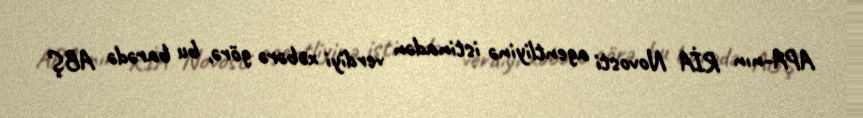
APA-nın RİA Novosti agentliyinə istinadən verdiyi xəbərə görə, bu barədə ABŞ